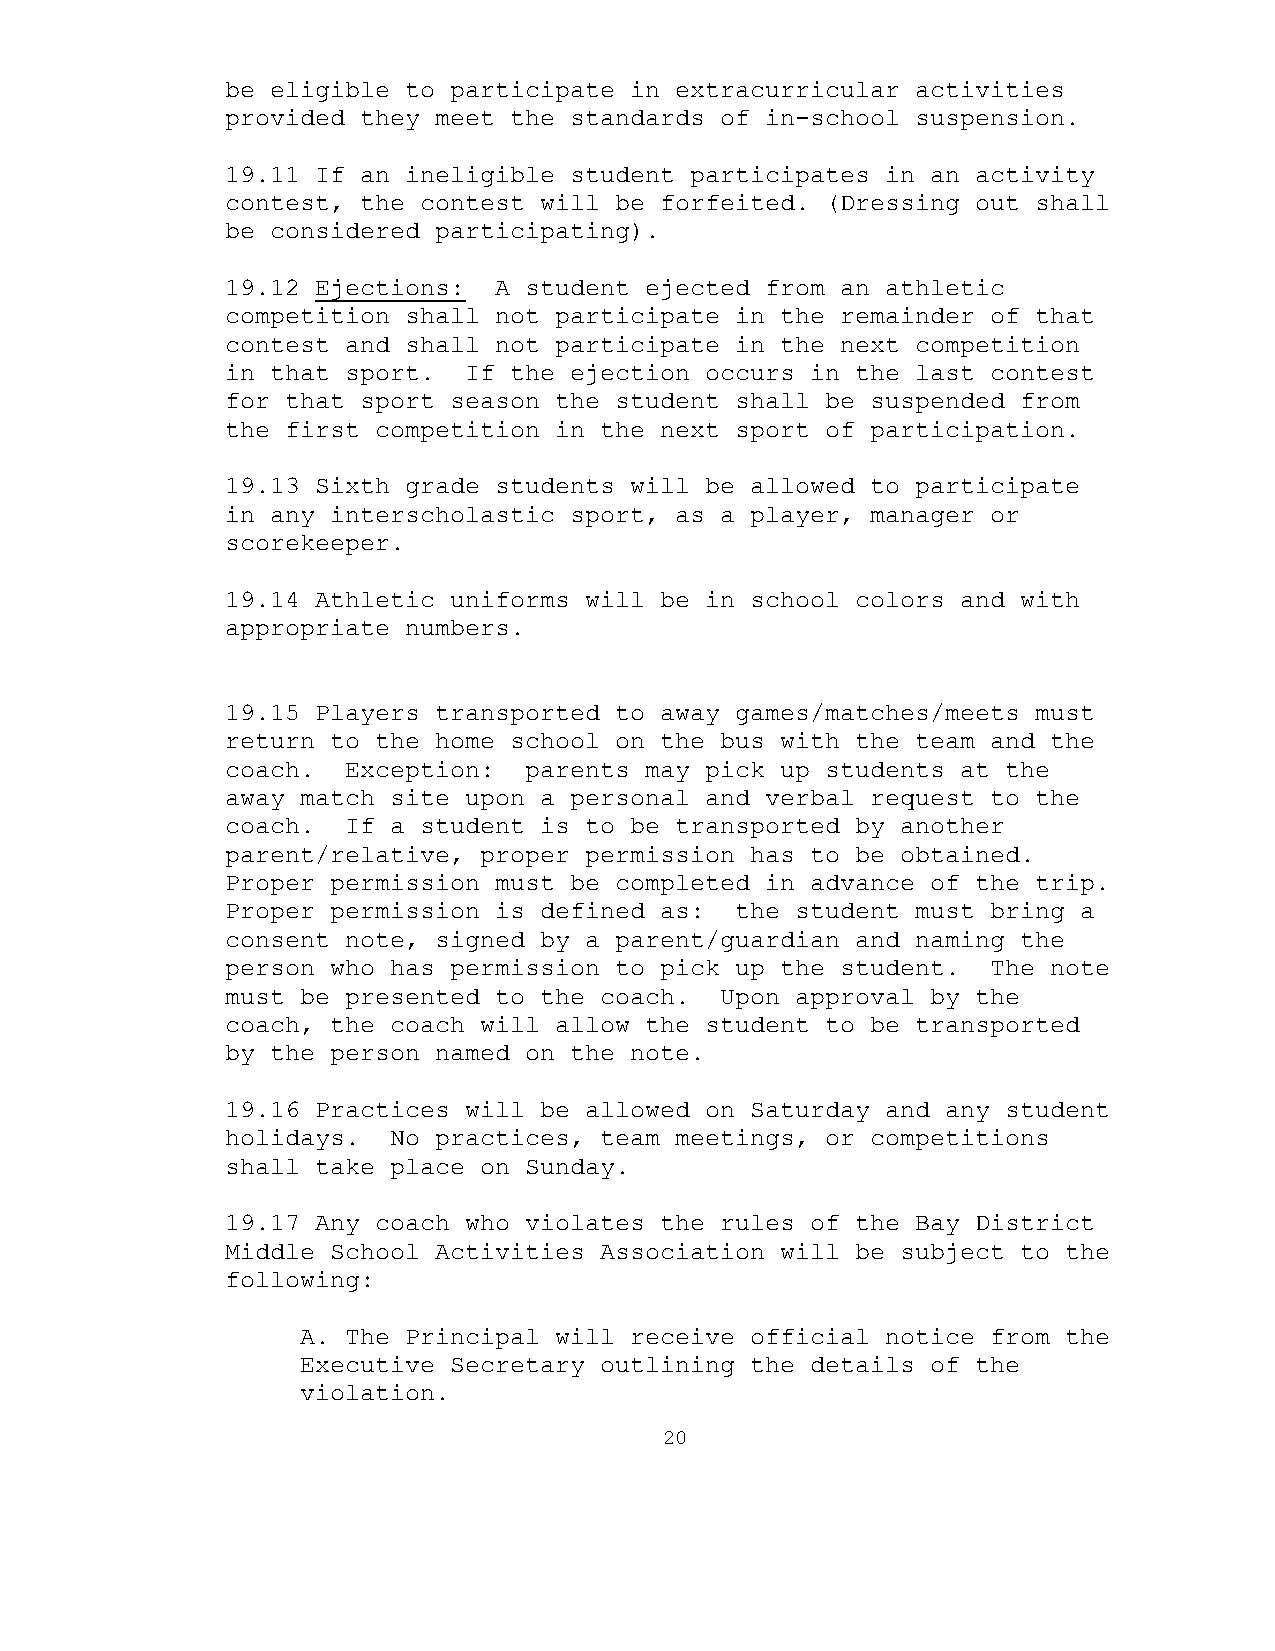
be eligible to participate in extracurricular activities
 provided they meet the standards of in-school suspension.
 19.11 If an ineligible student participates in an activity
 contest, the contest will be forfeited. (Dressing out shall
 be considered participating).
 19.12 Ejections:  A student ejected from an athletic
 competition shall not participate in the remainder of that
 contest and shall not participate in the next competition
 in that sport.  If the ejection occurs in the last contest
 for that sport season the student shall be suspended from
 the first competition in the next sport of participation.
 19.13 Sixth grade students will be allowed to participate
 in any interscholastic sport, as a player, manager or
 scorekeeper.
 19.14 Athletic uniforms will be in school colors and with
 appropriate numbers.
 19.15 Players transported to away games/matches/meets must
 return to the home school on the bus with the team and the
 coach.  Exception:  parents may pick up students at the
 away match site upon a personal and verbal request to the
 coach.  If a student is to be transported by another
 parent/relative, proper permission has to be obtained.
 Proper permission must be completed in advance of the trip.
 Proper permission is defined as:  the student must bring a
 consent note, signed by a parent/guardian and naming the
 person who has permission to pick up the student.  The note
 must be presented to the coach.  Upon approval by the
 coach, the coach will allow the student to be transported
 by the person named on the note.
 19.16 Practices will be allowed on Saturday and any student
 holidays.  No practices, team meetings, or competitions
 shall take place on Sunday.
 19.17 Any coach who violates the rules of the Bay District
 Middle School Activities Association will be subject to the
 following:
 A. The Principal will receive official notice from the
 Executive Secretary outlining the details of the
 violation.
 20